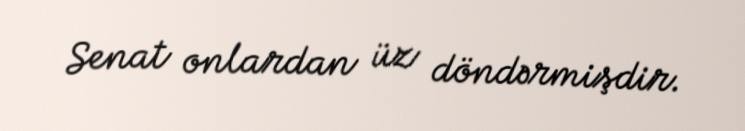
Senat onlardan üz döndərmişdir.